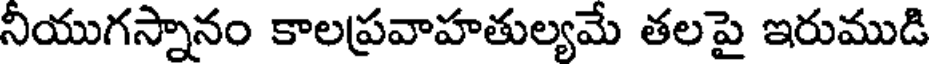
నియుగస్నానం కాలప్రవాహతుల్యమే తలపై ఇరుముడి